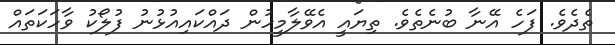
ތެދެވެ. ފަހެ އޭނާ ބުނެތެވެ. ތިޔައީ އެވޭލާމީހުން ދައްކައިއުޅުނު ފުލޯކު ވާހަކަތައް